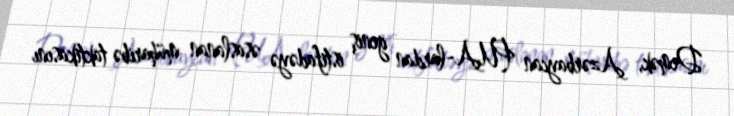
Demək, Azərbaycan PUA-lardan geniş istifadəyə əsaslanan müharibə taktikasını